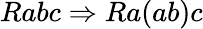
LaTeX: Rabc\Rightarrow Ra(ab)c